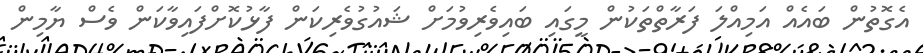
އެގޮތުން ބައެއް އަމިއްލަ ފަރާތްތަކުން މީގައި ބައިވެރިވުމަށް ޝައުގުވެރިކަން ފާޅުކޮށްފައިވާކަން ވެސް ޔާމިން